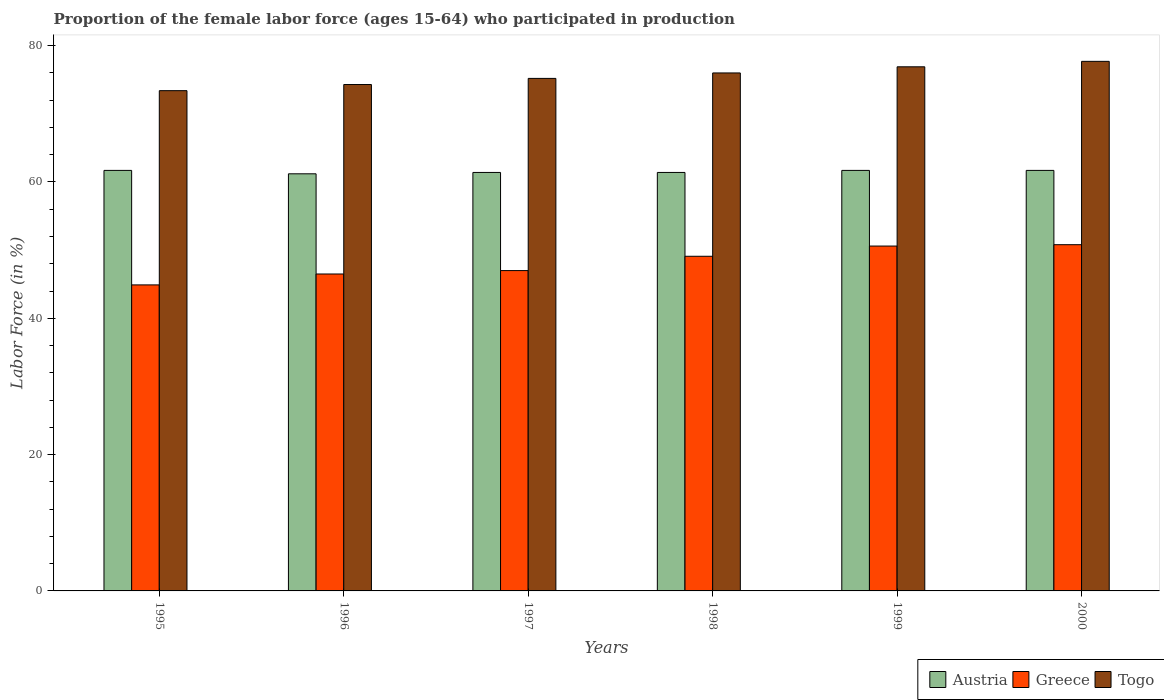
| Years | Austria | Greece | Togo |
 | --- | --- | --- | --- |
 | 1995 | 61.7 | 44.9 | 73.4 |
 | 1996 | 61.2 | 46.5 | 74.3 |
 | 1997 | 61.4 | 47 | 75.2 |
 | 1998 | 61.4 | 49.1 | 76 |
 | 1999 | 61.7 | 50.6 | 76.9 |
 | 2000 | 61.7 | 50.8 | 77.7 |